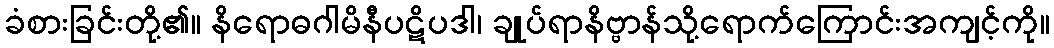
ခံစားခြင်းတို့၏။ နိရောဓဂါမိနီပဋိပဒါ၊ ချုပ်ရာနိဗ္ဗာန်သို့ရောက်ကြောင်းအကျင့်ကို။